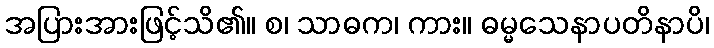
အပြားအားဖြင့်သိ၏။ စ၊ သာဓက၊ ကား။ ဓမ္မသေနာပတိနာပိ၊